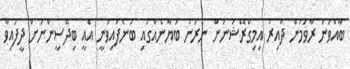
ބާއްވަން ރާވަމުން ދާއިރު އިމިގްރޭޝަނުން ނެރުނު ބަޔާނެއްގައި ބުނެފައިވަނީ އެއީ ބިދޭސީންނަށް ދީފައިވާ